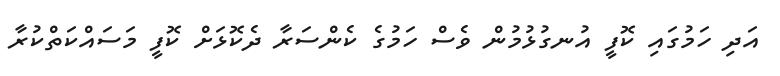
އަދި ހަމުގައި ކޮފީ އުނގުޅުމުން ވެސް ހަމުގެ ކެންސަރާ ދެކޮޅަށް ކޮފީ މަސައްކަތްކުރާ